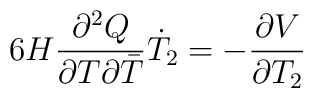
6 H \frac{\partial^2 Q}{\partial T \partial {\bar{T}}}\dot{T}_2=-\frac{\partial V}{\partial T_2}